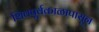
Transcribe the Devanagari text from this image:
शिवपूर्वकाळापासून